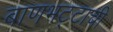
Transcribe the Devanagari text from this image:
बाणभट्टाची